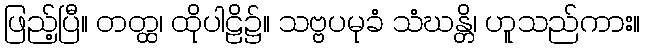
ဖြည့်ပြီ။ တတ္ထ၊ ထိုပါဠိ၌။ သဗ္ဗပမုခံ သံဃန္တိ၊ ဟူသည်ကား။